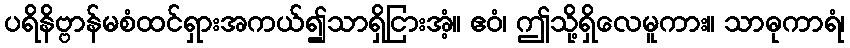
ပရိနိဗ္ဗာန်မစံထင်ရှားအကယ်၍သာရှိငြားအံ့။ ဧဝံ၊ ဤသို့ရှိလေမူကား။ သာဓုကာရံ၊